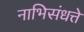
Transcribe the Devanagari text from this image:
नाभिसंधत्ते